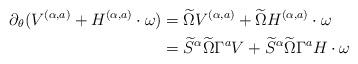
LaTeX: \begin{align*}\partial_\theta(V^{(\alpha,a)}+H^{(\alpha,a)}\cdot\omega)&=\widetilde{\Omega}V^{(\alpha,a)}+\widetilde{\Omega}H^{(\alpha,a)}\cdot\omega\\&=\widetilde{S}^\alpha\widetilde{\Omega}\Gamma^aV+\widetilde{S}^\alpha\widetilde{\Omega}\Gamma^aH\cdot\omega\end{align*}